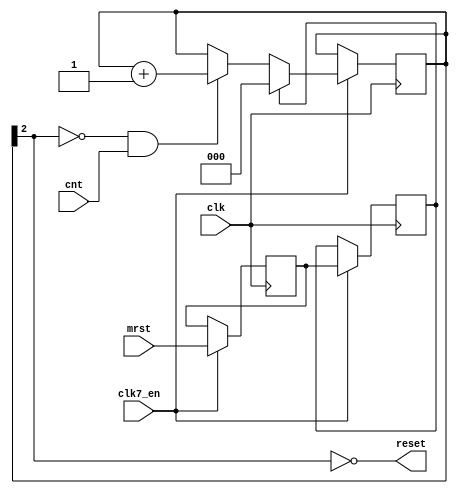
//syscontrol handles the startup of the FGPA,
//after fpga config, it automatically does a global system reset and asserts boot.
//the boot signal puts gary in a special mode so that the bootrom
//is mapped into the system memory map.	The firmware in the bootrom
//then loads the kickstart via the diskcontroller into the kickstart ram area.
//When kickstart has been loaded, the bootrom asserts bootdone by selecting both cia's at once. 
//This resets the system for a second time but it also de-asserts boot.
//Thus, the system now boots as a regular amiga.
//Subsequent resets by asserting mrst will not assert boot again.
//
// JB:
// 2008-07-11	- reset to bootloader
// 2009-03-13	- shorter reset
// 2009-08-17	- reset generator modification


module minimig_syscontrol
(
	input	clk,			//bus clock
  input clk7_en,
	input	cnt,			//pulses for counting
	input	mrst,			//master/user reset input
	output	reset			//global synchronous system reset
);

//local signals
reg		smrst0, smrst1;					//registered input
reg		[2:0] rst_cnt = 0;		//reset timer SHOULD BE CLEARED BY CONFIG
wire	_rst;					//local reset signal

//asynchronous mrst input synchronizer
always @(posedge clk) begin
  if (clk7_en) begin
    smrst0 <= mrst;
  	smrst1 <= smrst0;
  end
end

//reset timer and mrst control
always @(posedge clk) begin
  if (clk7_en) begin
  	if (smrst1)
  		rst_cnt <= 3'd0;
  	else if (!_rst && cnt)
  		rst_cnt <= rst_cnt + 3'd1;
  end
end

assign _rst = rst_cnt[2];

//global reset output
assign reset = ~_rst;


endmodule